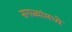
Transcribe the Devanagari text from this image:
सगळ्यांमध्ये